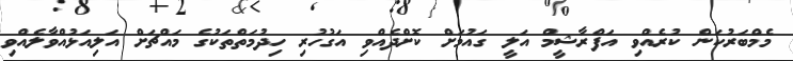
މެމްބަރުކަން ކުރެއްވި އަފްރާޝީމް އަލީ ގައުމަށް ކޮށްދެއްވި އަގުހުރި ހިދުމަތްތަކުގެ މައްޗަށް އަލިއަޅުއްވާލެއްވި